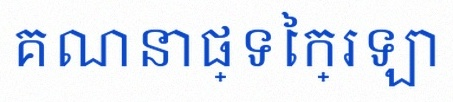
គណនាផ្ទៃក្រឡា